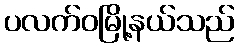
ပလက်ဝမြို့နယ်သည်